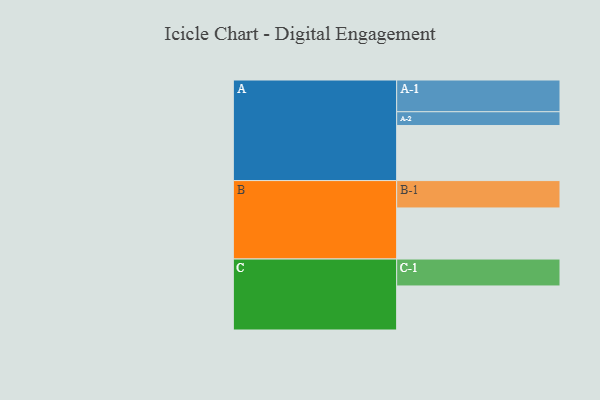
{"axis": {"x": "Segment", "y": "Value"}, "legend": ["", "A", "B", "C"], "data": [{"x": "A", "y": 493, "type": ""}, {"x": "B", "y": 457, "type": ""}, {"x": "C", "y": 394, "type": ""}, {"x": "A-1", "y": 284, "type": "A"}, {"x": "A-2", "y": 123, "type": "A"}, {"x": "B-1", "y": 245, "type": "B"}, {"x": "C-1", "y": 241, "type": "C"}]}